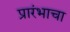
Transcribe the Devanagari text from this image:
प्रारंभाचा